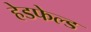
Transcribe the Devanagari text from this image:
हेडफेल्ड